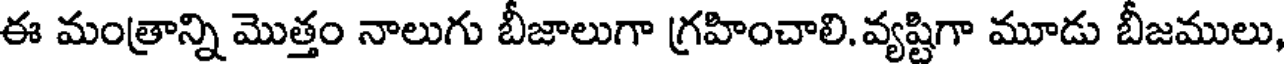
ఈ మంత్రాన్ని మొత్తం నాలుగు బీజాలుగా గ్రహించాలి.వ్యష్టిగా మూడు బీజములు,